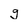
Character: g